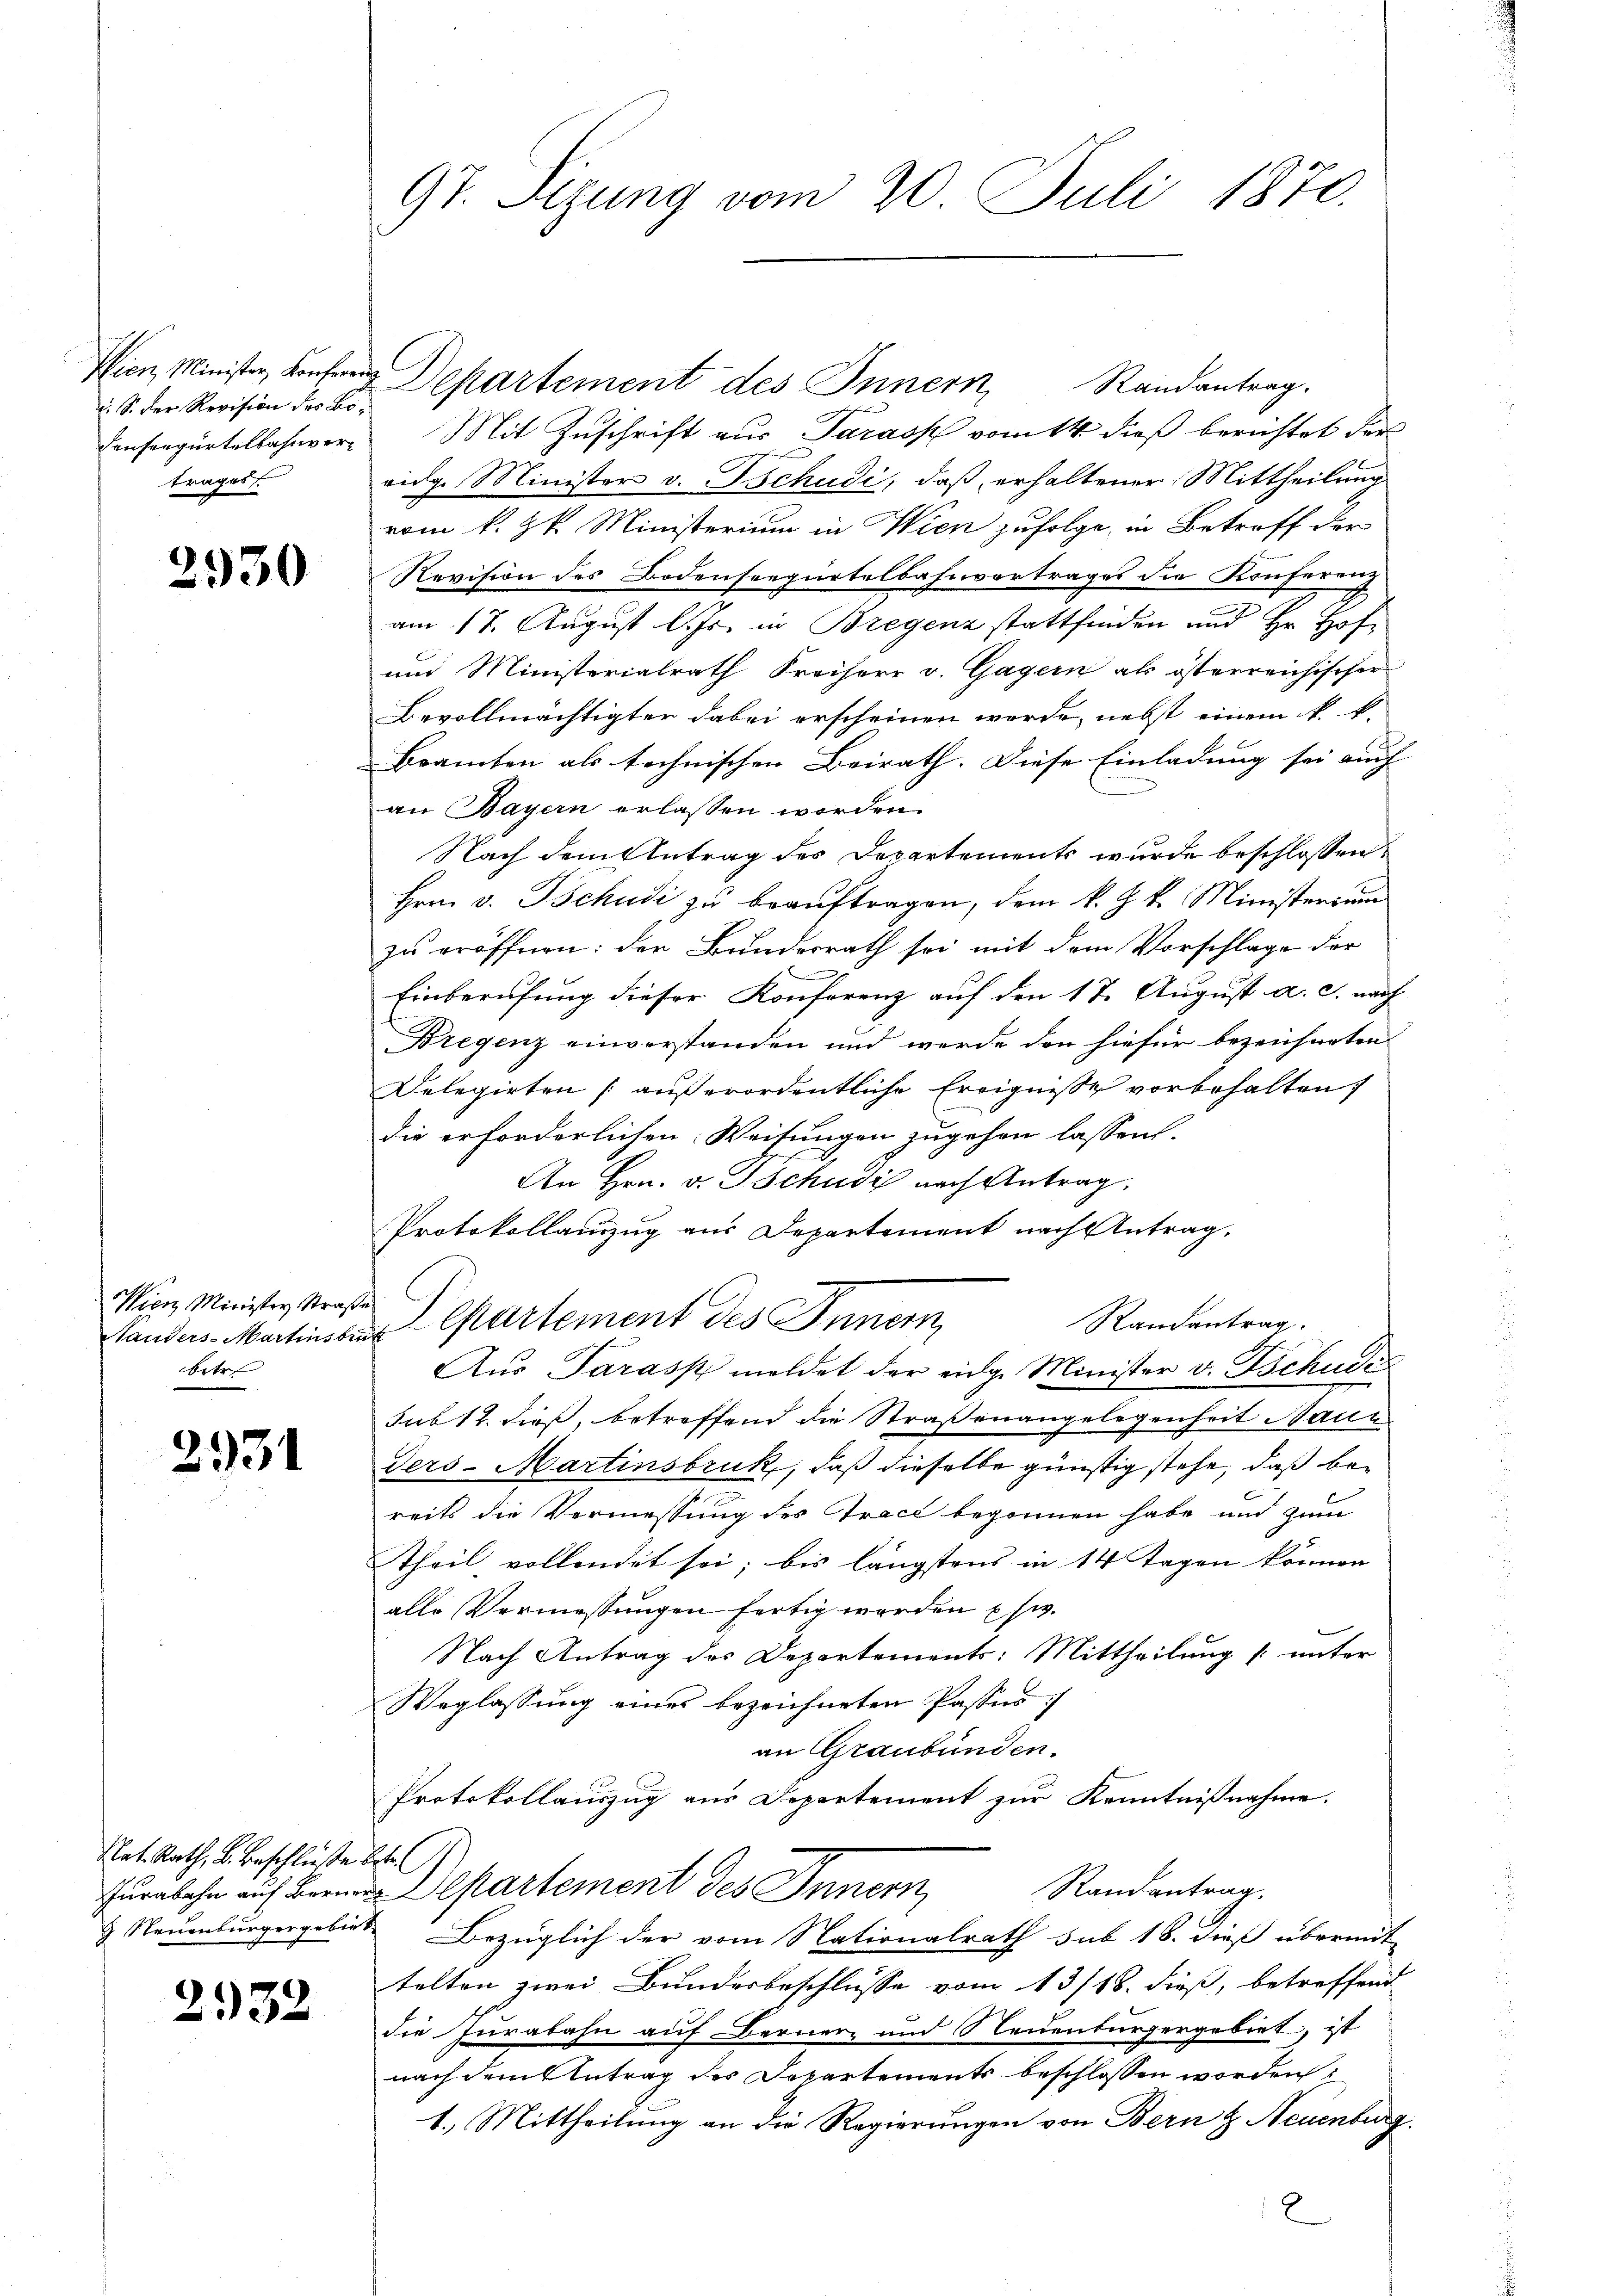
: S. der Revision der Botrages

2930

Wien Minister Straße
betre

2931

Nat. Rath, B. Beschlüße betr

2932

97. Sizung vom 20. Juli 1870.

Wien, Minister, Konfer Departement des Innern Randantrag.
Consengürtelbahnver- Mit Zuschrift aus Tarasp vom 14. dieß berichtet der
vidg. Minister v. Tschudi, daß erhaltener Mittheilung
vom k. k. Ministerium in Wien zufolge, in Betreff der
Revision des Bodenseegürtelbahnvortrages die Konferung
am 17. August l. Js. in Bregenz stattfinden und Hr. Hof
und Ministerialrath Freiherr v. Gagern als österreichischer
Bevollmächtigter dabei erscheinen werde, nebst einem k. k.
Bramten als technischen Beirath. Diese Einladung sei auch
an Bayern erlassen worden.
Nach dem Antrag des Departements wurde beschlossen:
Hrn. v. Tschudi zu beauftragen, dem k. J. k. Ministerium
zu eröffnen: der Bundesrath sei mit dem Vorschlage der
1
Einberufung dieser Konferenz auf den 17. August a. c. nach
Bregenz einverstanden und werde den hiefür bezeichneten
Delegirten (außerordentliche Ereignisse vorbehalten,
die erforderlichen Weisungen zugehen lassen.
An Hrn. v. Tschudi nach Antrag.
Protokollanzug aus Departement nach Antrag.
Randantrag.
Standers Martinsans partement des Innern,
Aus Tarasp meldet der eidg. Minister v. Tschudis
sub 12. dieß, betreffend die Straßenangelegenheit Maue
Ters-Martinsbruk, daß dieselbe günstig stehe, daß bereits die Vermessung des Tract begonnen habe und zum
Theil vollendet sei; bis längstens in 14 Tagen können
alle Vermessungen fertig werden usw.
Nach Antrag des Departements: Mittheilung (unter
Weglassung eines bezeichneten Passus:
an Graubünden.
Protokollauszug aus Departement zur Kenntnißnahme.
uraben auf den Departement des Innern Randantrag.
& Neuenburgergebiet Bezüglich der vom Nationalrath sub 18. dieß übermit
telten zwei Bundesbeschlusse vom 13/18. dieß, betreffend
die Jurabahn auf Berner und Neuenburgergebiet, ist
nach dem Antrag des Departements beschlossen worden:
1.) Mittheilung an die Regierungen von Bern & Neuenburg
2